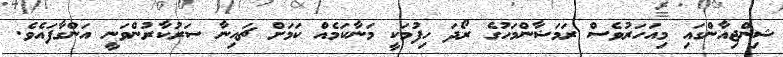
ޝިންޖިއާންގައި މިއަހަރުވެސް ރަމަޟާންމަހުގެ ރޯދަ ހިފުމަކީ މަނާކަމެއް ކަމަށް ޗައިނާ ސަރުކާރުންވަނީ އަންގާފައެވެ.